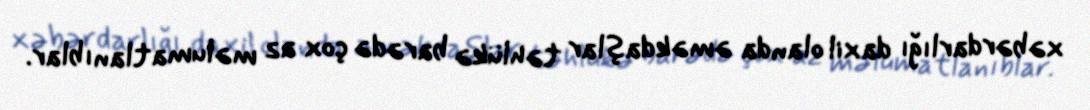
xəbərdarlığı daxil olanda əməkdaşlar təhlükə barədə çox az məlumatlanıblar.